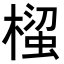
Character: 𭫵